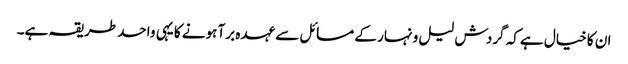
ان کا خیال ہے کہ گردش لیل و نہار کے مسائل سے عہدہ برآ ہونے کا یہی واحد طریقہ ہے۔